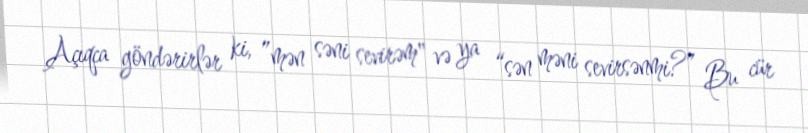
Açıqca göndərirlər ki, ”mən səni sevirəm" və ya “sən məni sevirsənmi?” Bu cür